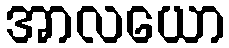
အာလယော